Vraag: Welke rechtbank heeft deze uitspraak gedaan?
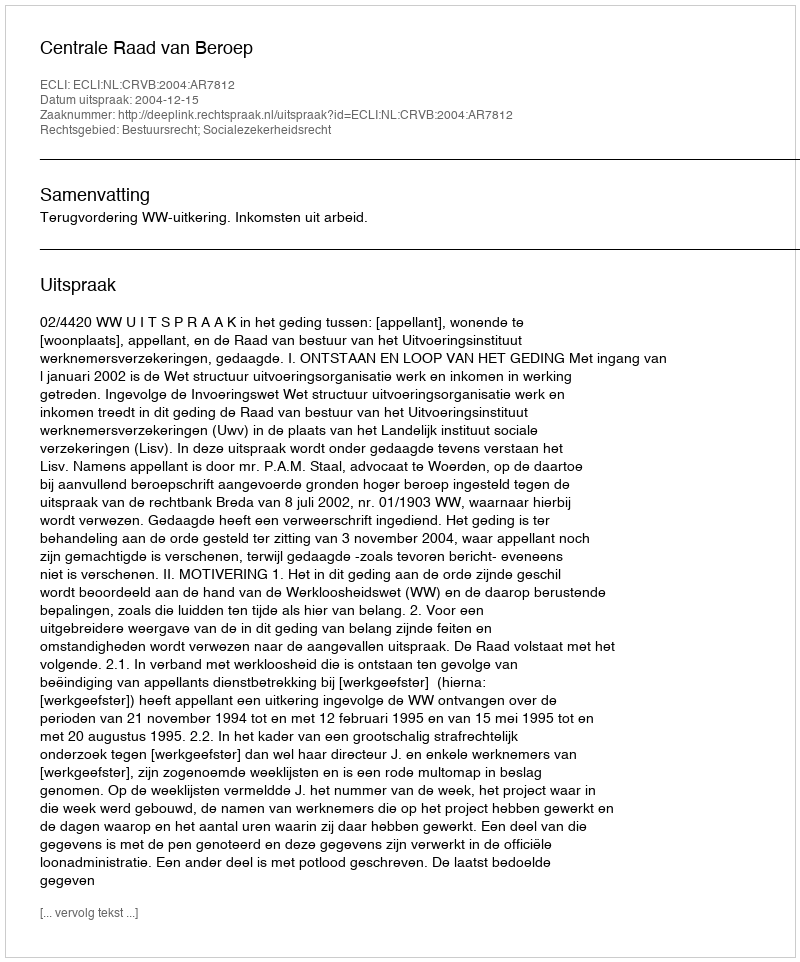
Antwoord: Centrale Raad van Beroep